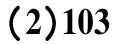
(2)103